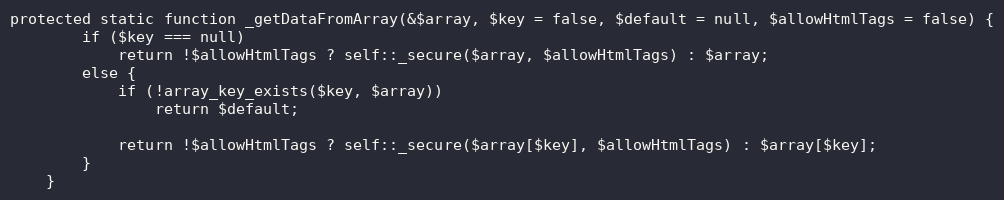
Language: PHP
protected static function _getDataFromArray(&$array, $key = false, $default = null, $allowHtmlTags = false) {
        if ($key === null)
            return !$allowHtmlTags ? self::_secure($array, $allowHtmlTags) : $array;
        else {
            if (!array_key_exists($key, $array))
                return $default;

            return !$allowHtmlTags ? self::_secure($array[$key], $allowHtmlTags) : $array[$key];
        }
    }